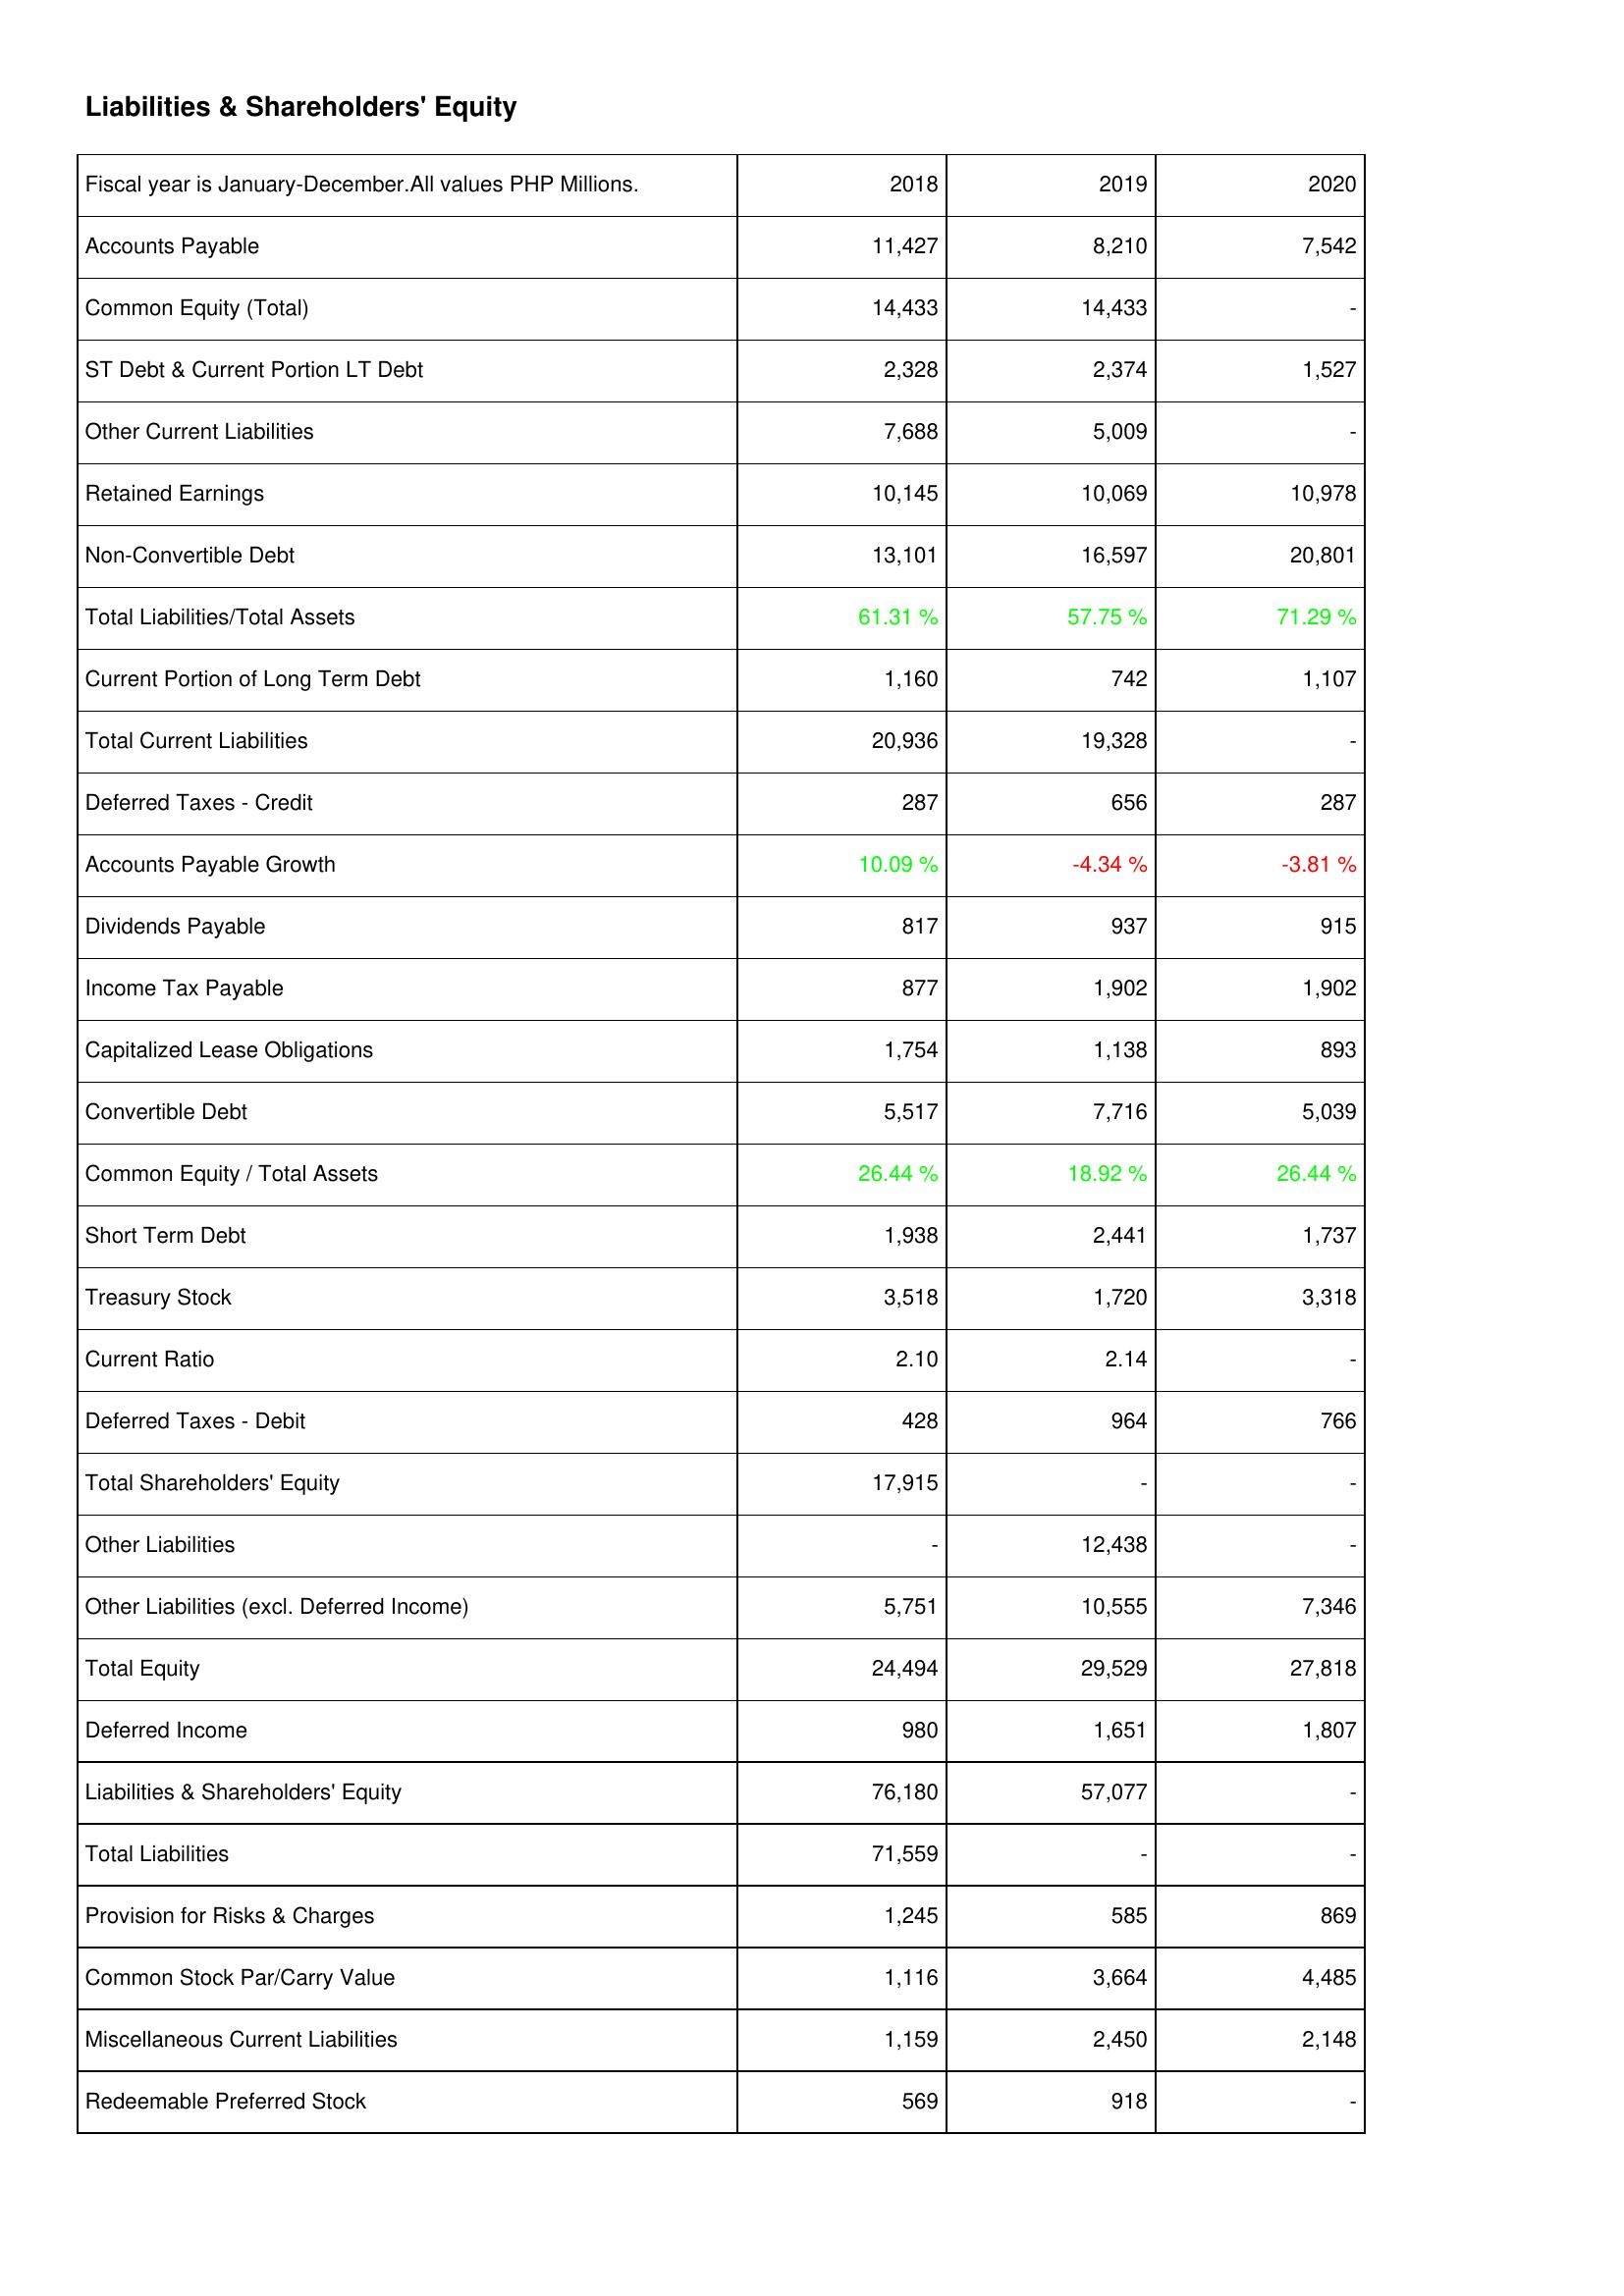
2018: Liabilities & Shareholders' Equity: Accounts Payable: 11,427
Common Equity (Total): 14,433
ST Debt & Current Portion LT Debt: 2,328
Other Current Liabilities: 7,688
Retained Earnings: 10,145
Non-Convertible Debt: 13,101
Total Liabilities/Total Assets: 61.31 %
Current Portion of Long Term Debt: 1,160
Total Current Liabilities: 20,936
Deferred Taxes - Credit: 287
Accounts Payable Growth: 10.09 %
Dividends Payable: 817
Income Tax Payable: 877
Capitalized Lease Obligations: 1,754
Convertible Debt: 5,517
Common Equity / Total Assets: 26.44 %
Short Term Debt: 1,938
Treasury Stock: 3,518
Current Ratio: 2.10
Deferred Taxes - Debit: 428
Total Shareholders' Equity: 17,915
Other Liabilities: -
Other Liabilities (excl. Deferred Income): 5,751
Total Equity: 24,494
Deferred Income: 980
Liabilities & Shareholders' Equity: 76,180
Total Liabilities: 71,559
Provision for Risks & Charges: 1,245
Common Stock Par/Carry Value: 1,116
Miscellaneous Current Liabilities: 1,159
Redeemable Preferred Stock: 569
2019: Liabilities & Shareholders' Equity: Accounts Payable: 8,210
Common Equity (Total): 14,433
ST Debt & Current Portion LT Debt: 2,374
Other Current Liabilities: 5,009
Retained Earnings: 10,069
Non-Convertible Debt: 16,597
Total Liabilities/Total Assets: 57.75 %
Current Portion of Long Term Debt: 742
Total Current Liabilities: 19,328
Deferred Taxes - Credit: 656
Accounts Payable Growth: -4.34 %
Dividends Payable: 937
Income Tax Payable: 1,902
Capitalized Lease Obligations: 1,138
Convertible Debt: 7,716
Common Equity / Total Assets: 18.92 %
Short Term Debt: 2,441
Treasury Stock: 1,720
Current Ratio: 2.14
Deferred Taxes - Debit: 964
Total Shareholders' Equity: -
Other Liabilities: 12,438
Other Liabilities (excl. Deferred Income): 10,555
Total Equity: 29,529
Deferred Income: 1,651
Liabilities & Shareholders' Equity: 57,077
Total Liabilities: -
Provision for Risks & Charges: 585
Common Stock Par/Carry Value: 3,664
Miscellaneous Current Liabilities: 2,450
Redeemable Preferred Stock: 918
2020: Liabilities & Shareholders' Equity: Accounts Payable: 7,542
Common Equity (Total): -
ST Debt & Current Portion LT Debt: 1,527
Other Current Liabilities: -
Retained Earnings: 10,978
Non-Convertible Debt: 20,801
Total Liabilities/Total Assets: 71.29 %
Current Portion of Long Term Debt: 1,107
Total Current Liabilities: -
Deferred Taxes - Credit: 287
Accounts Payable Growth: -3.81 %
Dividends Payable: 915
Income Tax Payable: 1,902
Capitalized Lease Obligations: 893
Convertible Debt: 5,039
Common Equity / Total Assets: 26.44 %
Short Term Debt: 1,737
Treasury Stock: 3,318
Current Ratio: -
Deferred Taxes - Debit: 766
Total Shareholders' Equity: -
Other Liabilities: -
Other Liabilities (excl. Deferred Income): 7,346
Total Equity: 27,818
Deferred Income: 1,807
Liabilities & Shareholders' Equity: -
Total Liabilities: -
Provision for Risks & Charges: 869
Common Stock Par/Carry Value: 4,485
Miscellaneous Current Liabilities: 2,148
Redeemable Preferred Stock: -